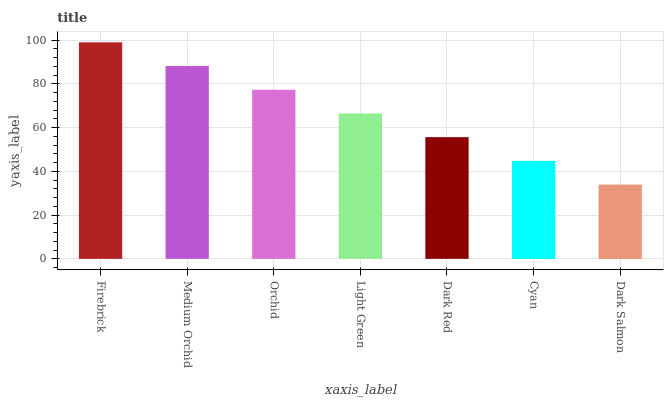
| xaxis_label | bars |
 | --- | --- |
 | Firebrick | 99 |
 | Medium Orchid | 88.2 |
 | Orchid | 77.3 |
 | Light Green | 66.5 |
 | Dark Red | 55.7 |
 | Cyan | 44.8 |
 | Dark Salmon | 34 |